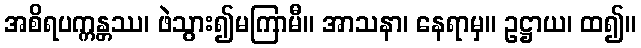
အစိရပက္ကန္တဿ၊ ဖဲသွား၍မကြာမီ။ အာသနာ၊ နေရာမှ။ ဥဋ္ဌာယ၊ ထ၍။